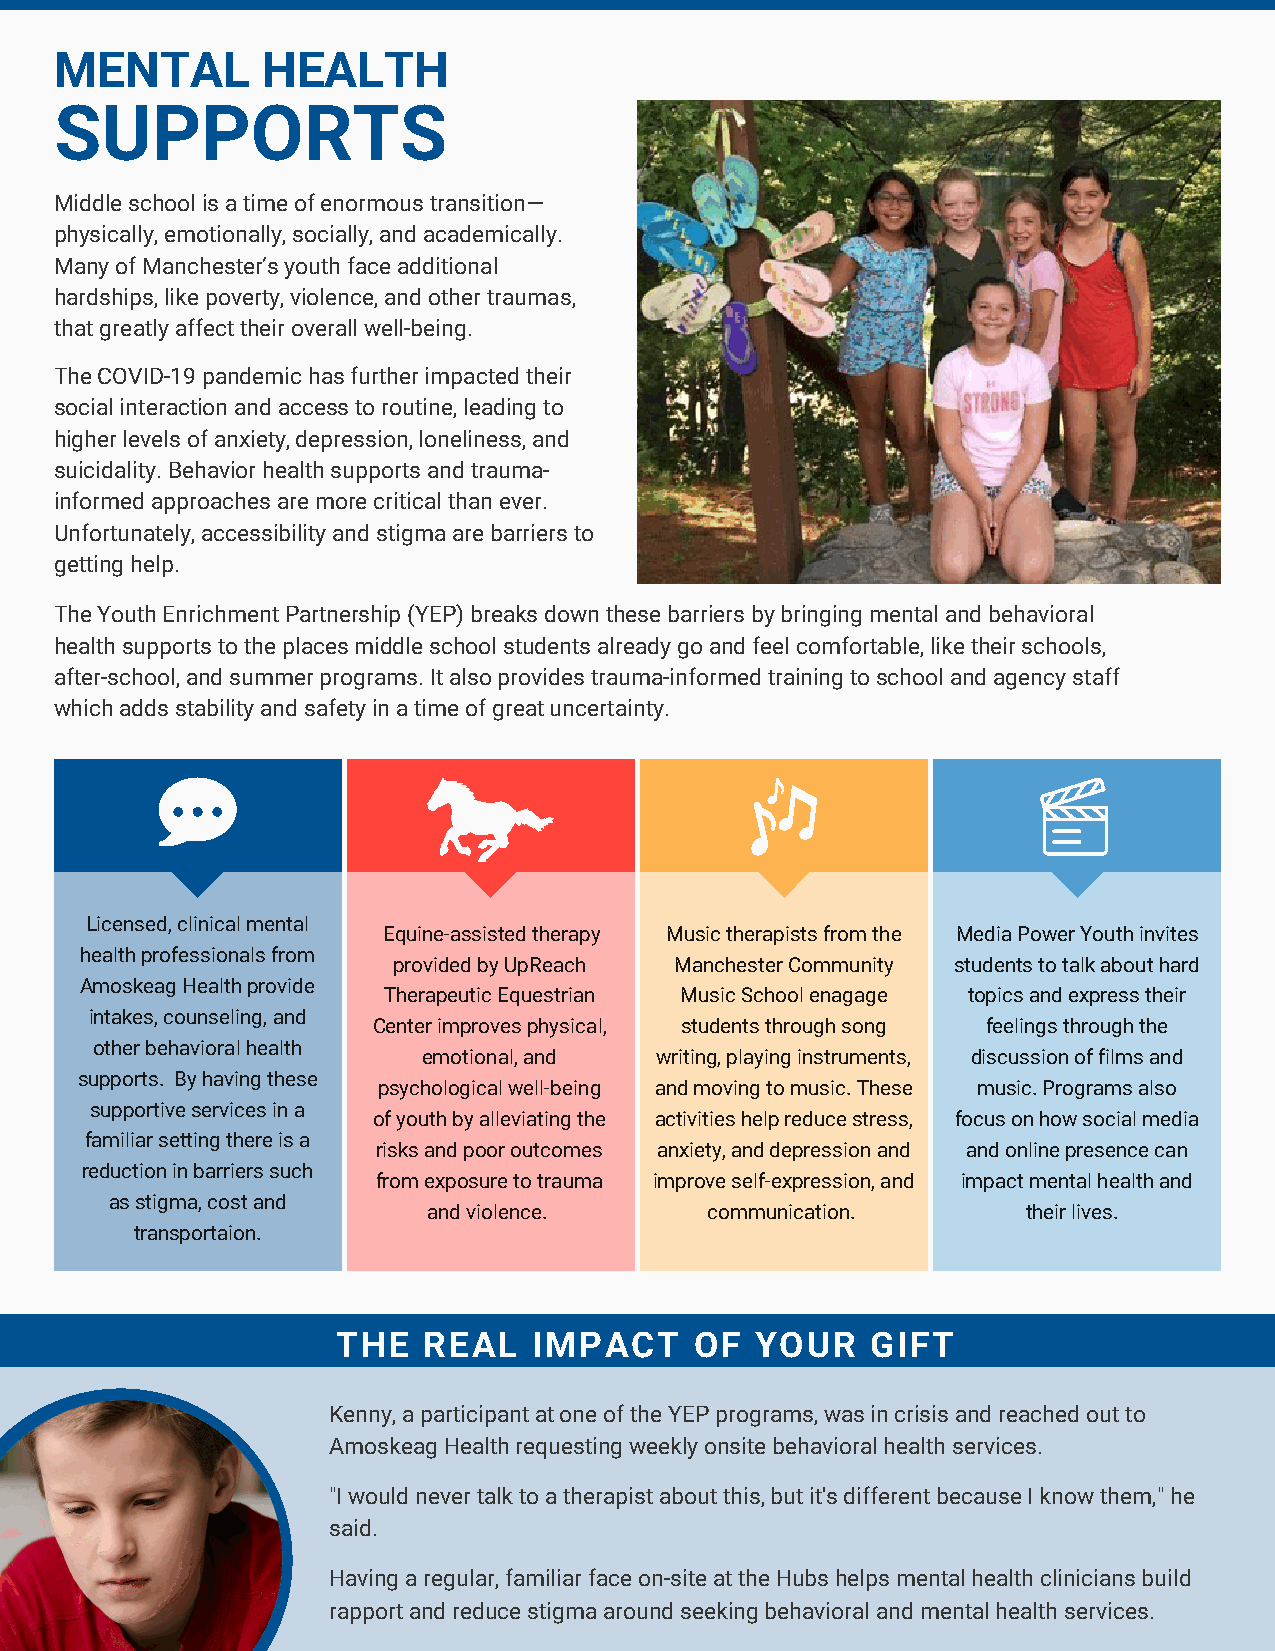
MENTAL       HEALTH
 SUPPORTS
 Middle school is a time of enormous transition—
 physically, emotionally, socially, and academically.
 Many of Manchester’s youth face additional
 hardships, like poverty, violence, and other traumas,
 that greatly affect their overall well-being.
 The COVID-19 pandemic has further impacted their
 social interaction and access to routine, leading to
 higher levels of anxiety, depression, loneliness, and
 suicidality. Behavior health supports and trauma-
 informed approaches are more critical than ever.
 Unfortunately, accessibility and stigma are barriers to
 getting help.
 The Youth Enrichment Partnership (YEP) breaks down these barriers by bringing mental and behavioral
 health supports to the places middle school students already go and feel comfortable, like their schools,
 after-school, and summer programs. It also provides trauma-informed training to school and agency staff
 which adds stability and safety in a time of great uncertainty.
 Licensed, clinical mental
 Equine-assisted therapy Music therapists from the Media Power Youth invites
 health professionals from
 provided by UpReach Manchester Community students to talk about hard
 Amoskeag Health provide
 Therapeutic Equestrian Music School enagage topics and express their
 intakes, counseling, and
 Center improves physical, students through song feelings through the
 other behavioral health
 emotional, and writing, playing instruments, discussion of films and
 supports. By having these
 psychological well-being and moving to music. These music. Programs also
 supportive services in a
 of youth by alleviating the activities help reduce stress, focus on how social media
 familiar setting there is a
 risks and poor outcomes anxiety, and depression and and online presence can
 reduction in barriers such
 from exposure to trauma improve self-expression, and impact mental health and
 as stigma, cost and
 and violence.      communication.       their lives.
 transportaion.
 THE   REAL   IMPACT     OF  YOUR    GIFT
 Kenny, a participant at one of the YEP programs, was in crisis and reached out to
 Amoskeag Health requesting weekly onsite behavioral health services.
 "I would never talk to a therapist about this, but it's different because I know them," he
 said.
 Having a regular, familiar face on-site at the Hubs helps mental health clinicians build
 rapport and reduce stigma around seeking behavioral and mental health services.